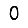
Digit: 0